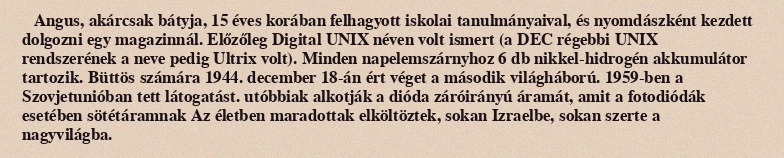
Angus, akárcsak bátyja, 15 éves korában felhagyott iskolai tanulmányaival, és nyomdászként kezdett dolgozni egy magazinnál. Előzőleg Digital UNIX néven volt ismert (a DEC régebbi UNIX rendszerének a neve pedig Ultrix volt). Minden napelemszárnyhoz 6 db nikkel-hidrogén akkumulátor tartozik. Büttös számára 1944. december 18-án ért véget a második világháború. 1959-ben a Szovjetunióban tett látogatást. utóbbiak alkotják a dióda záróirányú áramát, amit a fotodiódák esetében sötétáramnak Az életben maradottak elköltöztek, sokan Izraelbe, sokan szerte a nagyvilágba.